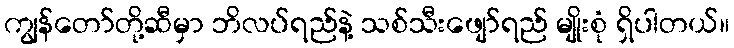
ကျွန်တော်တို့ဆီမှာ ဘိလပ်ရည်နဲ့ သစ်သီးဖျော်ရည် မျိုးစုံ ရှိပါတယ်။